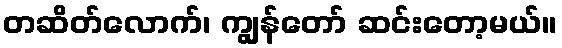
တဆိတ်လောက်၊ ကျွန်တော် ဆင်းတော့မယ်။